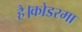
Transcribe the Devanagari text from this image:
है।कोडरमा